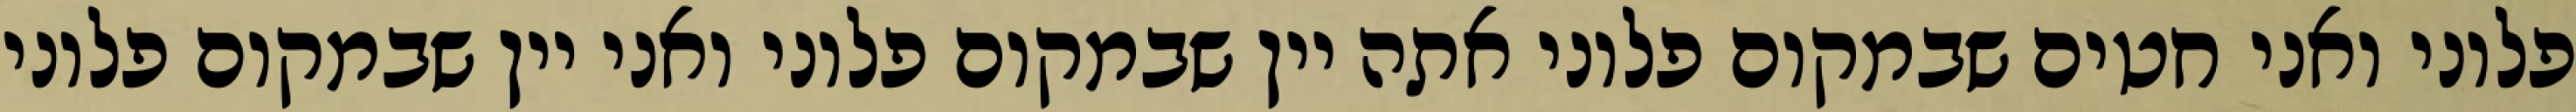
פלוני ואני חטים שבמקום פלוני אתה יין שבמקום פלוני ואני יין שבמקום פלוני